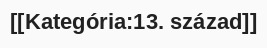
[[Kategória:13. század]]